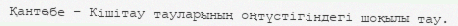
Қантөбе – Кішітау тауларының оңтүстігіндегі шоқылы тау.